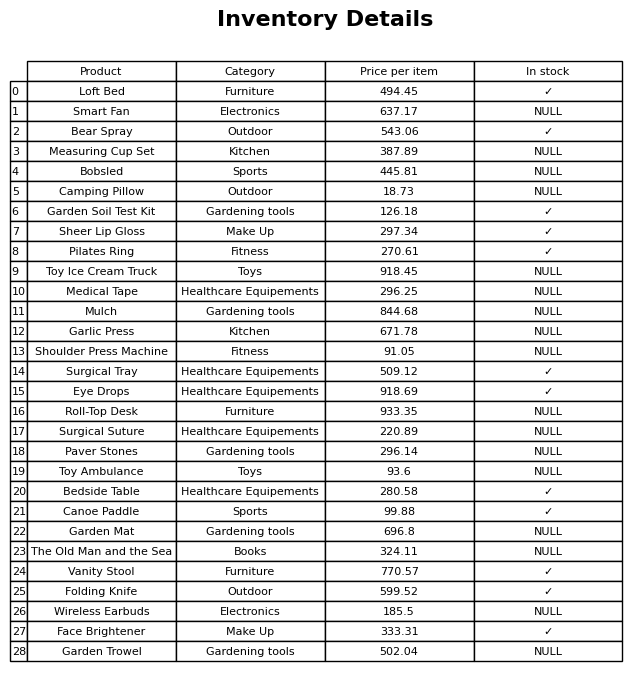
question: What is the price of the Bobsled?
answer: The price of Bobsled is 445.81.